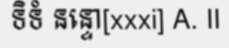
ទិទំ នន្ទោ[xxxi] A. II